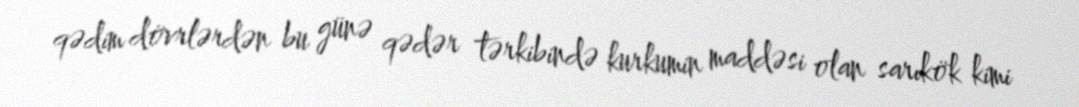
qədim dövrlərdən bu günə qədər tərkibində kurkumin maddəsi olan sarıkök kimi